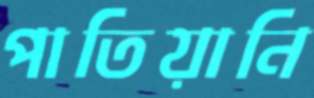
পাতিয়ানি